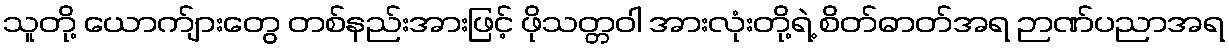
သူတို့ ယောက်ျားတွေ တစ်နည်းအားဖြင့် ဖိုသတ္တဝါ အားလုံးတို့ရဲ့ စိတ်ဓာတ်အရ ဉာဏ်ပညာအရ